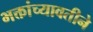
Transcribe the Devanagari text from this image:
भक्तांच्यावतीने